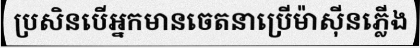
ប្រសិនបើអ្នកមានចេតនាប្រើម៉ាស៊ីនភ្លើង